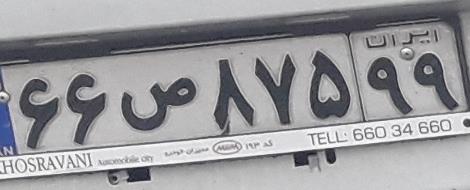
۶۶ص۸۷۵۹۹